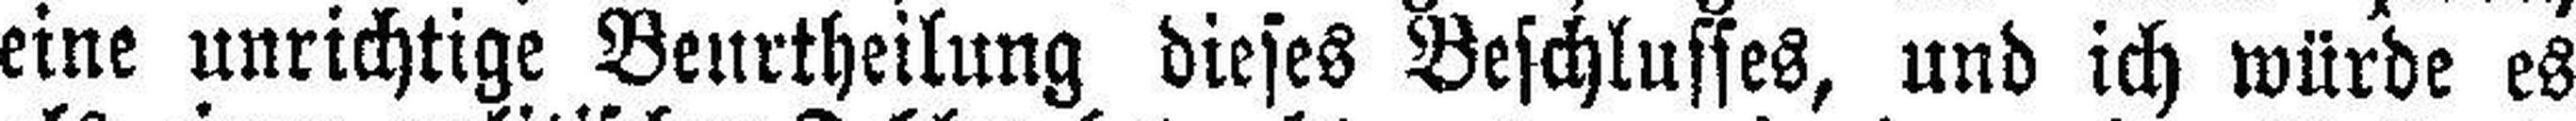
eine unrichtige Beurtheilung dieses Beschlusses, und ich würde es